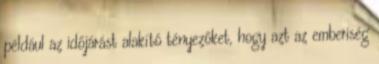
például az időjárást alakító tényezőket, hogy azt az emberiség